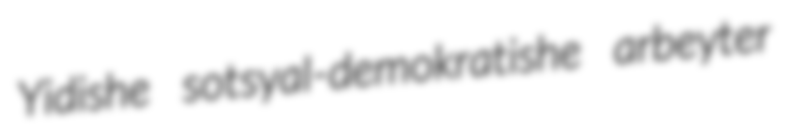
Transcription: Yidishe sotsyal-demokratishe arbeyter